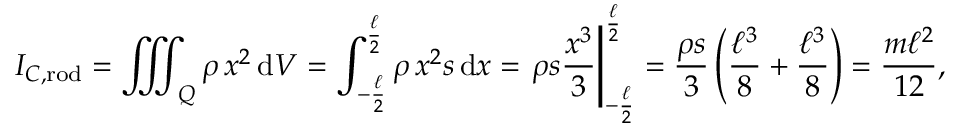
I _ { C , { \mathrm { r o d } } } = \iiint _ { Q } \rho \, x ^ { 2 } \, \mathrm { d } V = \int _ { - { \frac { \ell } { 2 } } } ^ { \frac { \ell } { 2 } } \rho \, x ^ { 2 } s \, \mathrm { d } x = \left. \rho s { \frac { x ^ { 3 } } { 3 } } \right| _ { - { \frac { \ell } { 2 } } } ^ { \frac { \ell } { 2 } } = { \frac { \rho s } { 3 } } \left( { \frac { \ell ^ { 3 } } { 8 } } + { \frac { \ell ^ { 3 } } { 8 } } \right) = { \frac { m \ell ^ { 2 } } { 1 2 } } ,